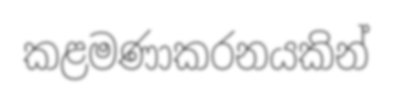
කළමණාකරනයකින්